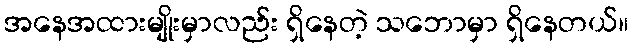
အနေအထားမျိုးမှာလည်း ရှိနေတဲ့ သဘောမှာ ရှိနေတယ်။